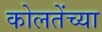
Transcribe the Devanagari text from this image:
कोलतेंच्या